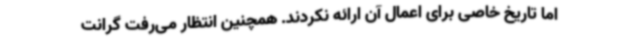
اما تاریخ خاصی برای اعمال آن ارائه نکردند. همچنین انتظار می‌رفت گرانت